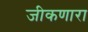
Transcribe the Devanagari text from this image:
जीकणारा